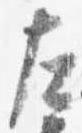
左